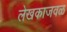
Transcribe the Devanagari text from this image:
लेखकाजवळ